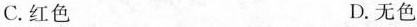
C.红色 D.无色